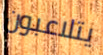
يتلاعبون